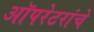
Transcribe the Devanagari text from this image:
ऑपरेटरांचे